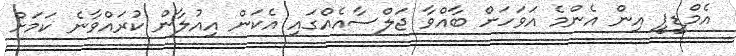
އެމްޑީޕީ އިން އެންމެ އަވަހަށް ބާއްވާ ޖަލްސާއެއްގައި އެކަން އިއުލާން ކުރައްވާނެ ކަމަށް